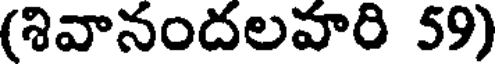
(శివానందలవారి 59)